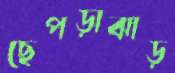
ছেপড়াঝাড়